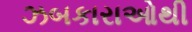
ઝબકારાઓથી